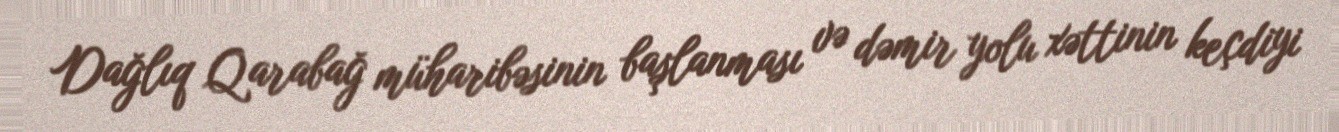
Dağlıq Qarabağ müharibəsinin başlanması və dəmir yolu xəttinin keçdiyi